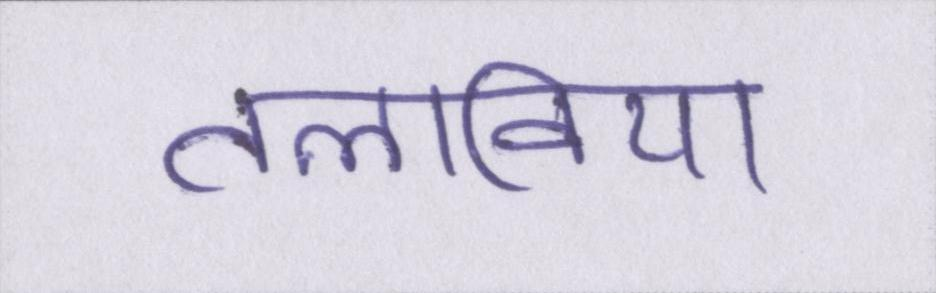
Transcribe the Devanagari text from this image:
तलाविया